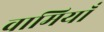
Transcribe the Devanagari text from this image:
वामियाँ